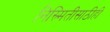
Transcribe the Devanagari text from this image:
निस्र्मितीसाठीही